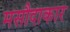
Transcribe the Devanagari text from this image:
मसौदाकार